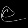
Digit: ၉